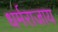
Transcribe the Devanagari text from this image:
धर्मराजाय